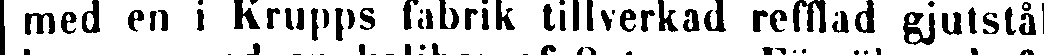
med en i Krupps fabrik tillverkad refflad gjutstå